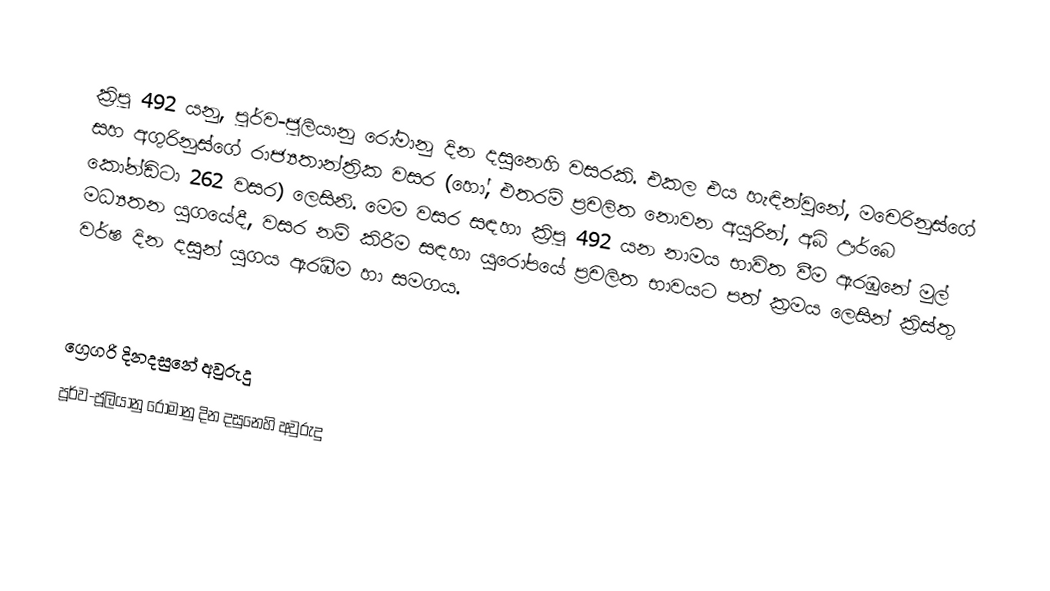

ක්‍රිපූ 492 යනු, පූර්ව-ජූලියානු රෝමානු දින දසුනෙහි වසරකි. එකල එය හැඳින්වුනේ, මචෙරිනුස්ගේ සහ අගුරිනුස්ගේ රාජ්‍යතාන්ත්‍රික වසර (හෝ, එතරම් ප්‍රචලිත නොවන අයුරින්, අබ් ඌර්බෙ කෝන්ඩිටා 262 වසර) ලෙසිනි. මෙම වසර සඳහා ක්‍රිපූ 492 යන නාමය භාවිත වීම ඇරඹුනේ මුල්  මධ්‍යතන යුගයේදී, වසර නම් කිරීම සඳහා යුරෝපයේ ප්‍රචලිත භාවයට පත් ක්‍රමය ලෙසින් ක්‍රිස්තු වර්ෂ දින දසුන් යුගය ඇරඹීම හා සමගය.

ග්‍රෙගරි දිනදසුනේ අවුරුදු
පූර්ව-ජූලියානු රෝමානු දින දසුනෙහි අවුරුදු